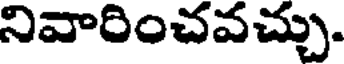
నివారించవచ్చు.